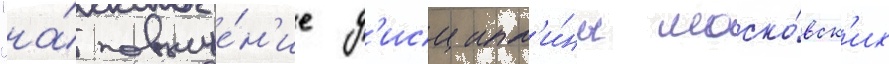
"на́ повыше́н'ие д'исципл'и́ны моско́вск'их